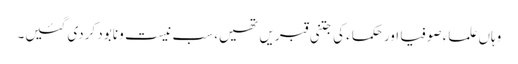
وہاں علماء صوفیا اور حکماء کی جتنی قبریں تھیں، سب نیست و نابود کردی گئیں۔